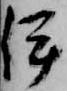
伊